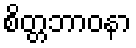
စိတ္တဘာဝနာ